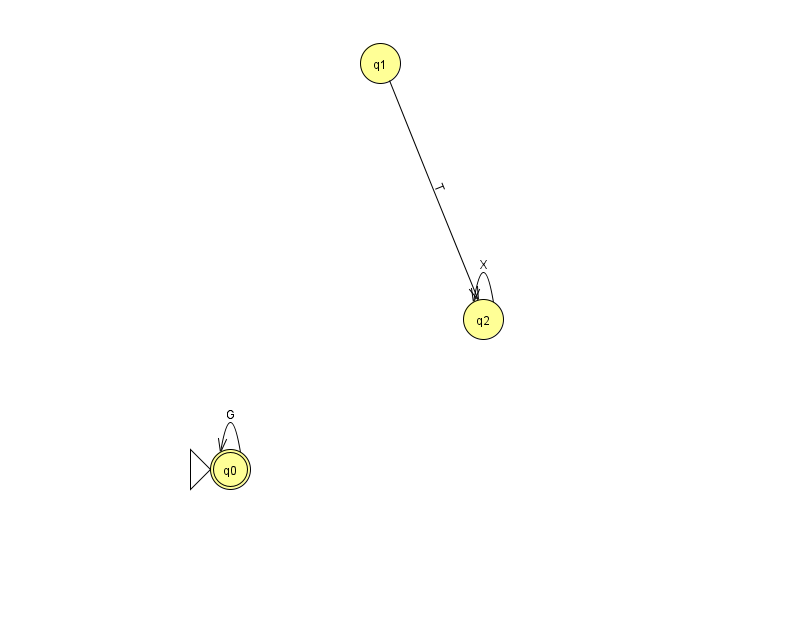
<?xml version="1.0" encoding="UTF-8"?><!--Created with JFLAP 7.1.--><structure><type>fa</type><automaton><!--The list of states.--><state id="0" name="q0"><x>230.0</x><y>456.0</y><initial/><final/></state><state id="1" name="q1"><x>380.0</x><y>50.0</y></state><state id="2" name="q2"><x>483.0</x><y>306.0</y></state><!--The list of transitions.--><transition><from>0</from><to>0</to><read>G</read></transition><transition><from>2</from><to>2</to><read>X</read></transition><transition><from>1</from><to>2</to><read>T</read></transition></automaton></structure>